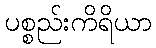
ပစ္စည်းကိရိယာ